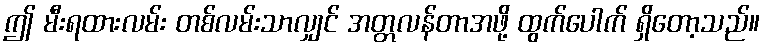
ဤ မီးရထားလမ်း တစ်လမ်းသာလျှင် အတ္တလန်တာအဖို့ ထွက်ပေါက် ရှိတော့သည်။